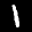
Label: 1